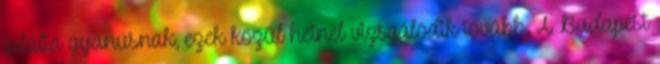
találta gyanúsnak, ezek közül hétnél vizsgálódik tovább. A Budapest